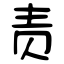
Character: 责